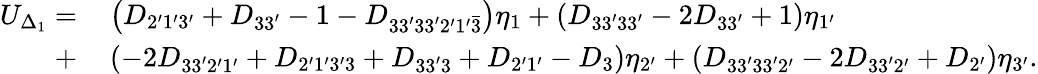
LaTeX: \begin{array}{rl}{U_{\Delta_{1}}=}&{{}\left({{D_{2^{\prime}1^{\prime}3^{\prime}}}+{D_{33^{\prime}}}-1-{D_{33^{\prime}33^{\prime}2^{\prime}1^{\prime}\bar{3}}}}\right){\eta_{1}}+\left({{D_{33^{\prime}33^{\prime}}}-2{D_{33^{\prime}}}+1}\right){\eta_{1^{\prime}}}}\\ {+}&{{}\left({-2{D_{33^{\prime}2^{\prime}1^{\prime}}}+{D_{2^{\prime}1^{\prime}3^{\prime}3}}+{D_{33^{\prime}3}}+{D_{2^{\prime}1^{\prime}}}-{D_{3}}}\right){\eta_{2^{\prime}}}+\left({{D_{33^{\prime}33^{\prime}2^{\prime}}}-2{D_{33^{\prime}2^{\prime}}}+{D_{2^{\prime}}}}\right){\eta_{3^{\prime}}}.}\end{array}